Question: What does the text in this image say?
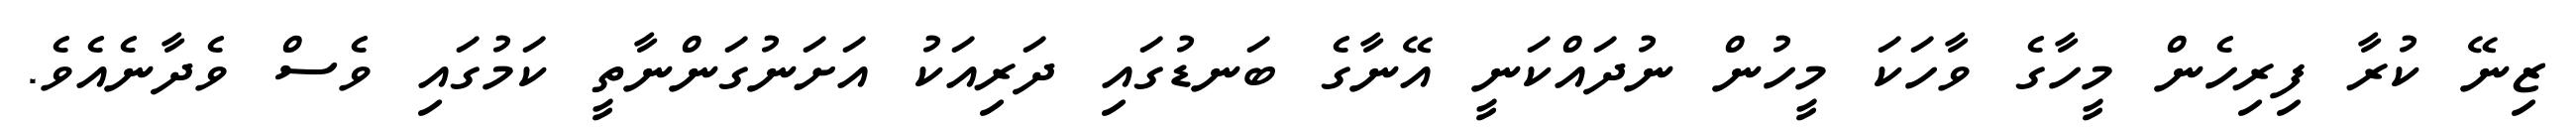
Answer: ޒިނޭ ކުރާ ފިރިހެން މީހާގެ ވާހަކަ މީހުން ނުދައްކަނީ އޭނާގެ ބަނޑުގައި ދަރިއަކު އަށަނުގަންނާތީ ކަމުގައި ވެސް ވެދާނެއެވެ.